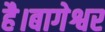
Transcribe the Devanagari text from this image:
है।बागेश्वर